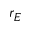
r _ { E }